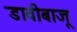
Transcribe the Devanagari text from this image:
डावीबाजू